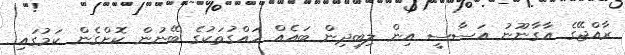
ރާއްޖޭގެ އާގާނޫނު އަސާސީ އިން ލިބިދިން ބައެއް ހައްގުތަކުގެ ބޭނުން ކޮށްގެން ކަމުގައި